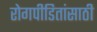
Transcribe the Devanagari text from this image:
रोगपीडितांसाठी